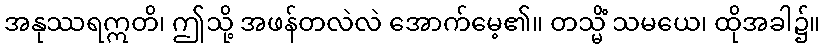
အနုဿရဣတိ၊ ဤသို့ အဖန်တလဲလဲ အောက်မေ့၏။ တသ္မိံ သမယေ၊ ထိုအခါ၌။